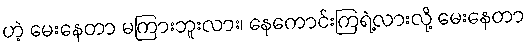
ဟဲ့ မေးနေတာ မကြားဘူးလား၊ နေကောင်းကြရဲ့လားလို့ မေးနေတာ